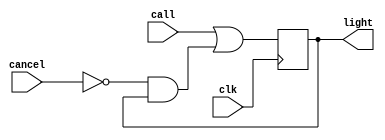
`timescale 1ns / 1ps
//////////////////////////////////////////////////////////////////////////////////
// Company: 
// Engineer: 
// 
// Design Name: 
// Module Name: flight_attendant_call_system_dataflow
// Project Name: 
// Target Devices: 
// Tool Versions: 
// Description: 
// 
// Dependencies: 
// 
// Revision:
// Revision 0.01 - File Created
// Additional Comments:
// 
//////////////////////////////////////////////////////////////////////////////////


module flight_attendant_call_system_dataflow(
    input wire clk,
    input wire call,
    input wire cancel,
    output reg light
    );


wire next_state;

initial begin
light = 0;
end

assign next_state = (call || (~cancel && light));

always @(posedge clk) begin
    light <= next_state;
end

endmodule